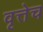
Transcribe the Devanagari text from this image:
वृत्तेच